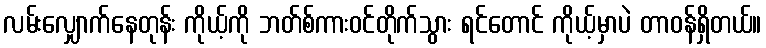
လမ်းလျှောက်နေတုန်း ကိုယ့်ကို ဘတ်စ်ကားဝင်တိုက်သွား ရင်တောင် ကိုယ့်မှာပဲ တာဝန်ရှိတယ်။